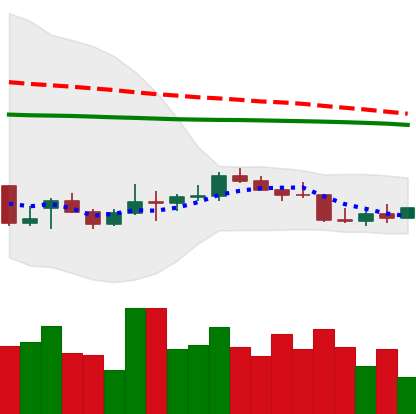
Ticker: LTC-USD
Chart end date: 2022-01-01
Forward return: -9.419%
Label: down_7plus